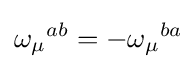
{\omega _{\mu }}^{ab}=-{\omega _{\mu }}^{ba}